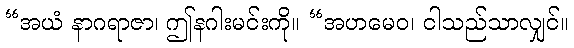
“အယံ နာဂရာဇာ၊ ဤနဂါးမင်းကို။ “အဟမေဝ၊ ငါသည်သာလျှင်။